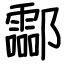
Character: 酃